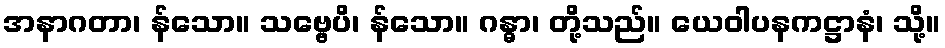
အနာဂတာ၊ န်သော။ သဗ္ဗေပိ၊ န်သော။ ဂန္ဓာ၊ တို့သည်။ ယေဝါပနကဋ္ဌာနံ၊ သို့။